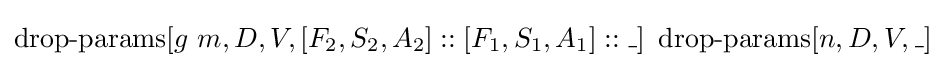
\operatorname {drop-params} [g\ m,D,V,[F_{2},S_{2},A_{2}]::[F_{1},S_{1},A_{1}]::\_]\ \operatorname {drop-params} [n,D,V,\_]